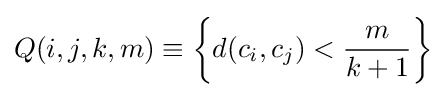
Q(i,j,k,m)\equiv \left\{d(c_{i},c_{j})<{\frac {m}{k+1}}\right\}